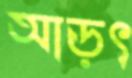
আড়ৎ